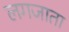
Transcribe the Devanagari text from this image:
लगजाता